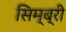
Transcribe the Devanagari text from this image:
सिम्ब्री